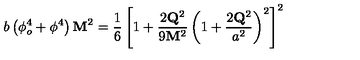
b \left( \phi _ { o } ^ { 4 } + \phi ^ { 4 } \right) { \bf M } ^ { 2 } = \frac { 1 } { 6 } \left[ 1 + \frac { 2 { \bf Q } ^ { 2 } } { 9 { \bf M } ^ { 2 } } \left( 1 + \frac { 2 { \bf Q } ^ { 2 } } { a ^ { 2 } } \right) ^ { 2 } \right] ^ { 2 }